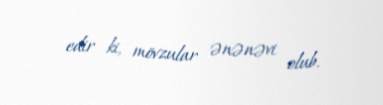
edir ki, mövzular ənənəvi olub.